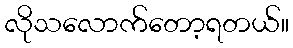
လိုသလောက်တော့ရတယ်။